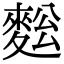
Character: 𪌥